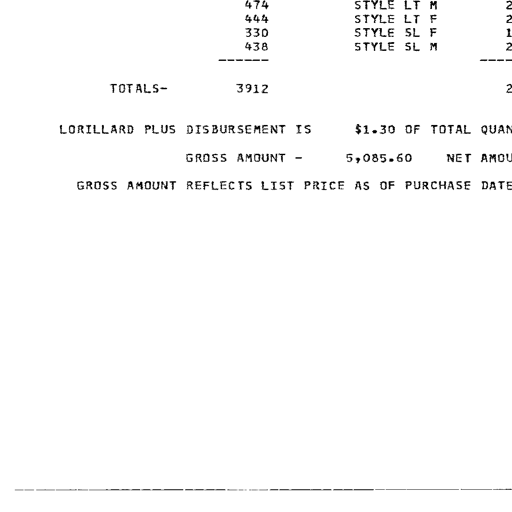
Transcript:
474 STYLE LT M 2
444 STYLE LT F 2
330 STYLE SL F 1
438 STYLE SL M 2
------ ------

TOTALS- 3912 2

LORILLARD PLUS DISBURSEMENT IS $1.30 OF TOTAL QUAN

GROSS AMOUNT - 5,085.60 NET AMOU

GROSS AMOUNT REFLECTS LIST PRICE AS OF PURCHASE DATE